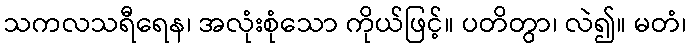
သကလသရီရေန၊ အလုံးစုံသော ကိုယ်ဖြင့်။ ပတိတွာ၊ လဲ၍။ မတံ၊